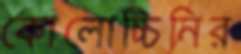
কোলোচ্চিনির